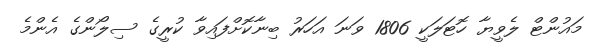
މައުންޓް ލެވީޔާ ހޮޓަލަކީ 1806 ވަނަ އަހަރު ބިނާކޮށްފައިވާ ކުރީގެ ސިލޯންގެ އެންމެ